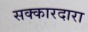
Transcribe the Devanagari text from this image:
सक्कारदारा